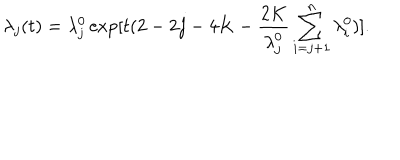
\lambda _ { j } ( t ) = \lambda _ { j } ^ { 0 } \exp [ t ( 2 - 2 j - 4 K - \frac { 2 K } { \lambda _ { j } ^ { 0 } } \sum _ { i = j + 1 } ^ { n } \lambda _ { i } ^ { 0 } ) ] .